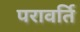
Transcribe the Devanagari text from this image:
परावर्ति